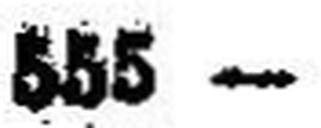
555 —